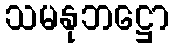
သမနုဘဋ္ဌော